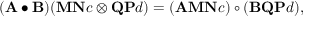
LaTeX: ( \mathbf { A } \bullet \mathbf { B } ) ( \mathbf { M } \mathbf { N } c \otimes \mathbf { Q } \mathbf { P } d ) = ( \mathbf { A } \mathbf { M } \mathbf { N } c ) \circ ( \mathbf { B } \mathbf { Q } \mathbf { P } d ) ,